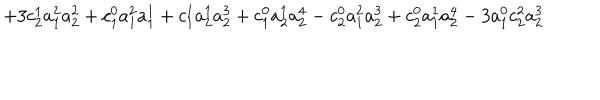
+ 3 c _ { 2 } ^ { 1 } a _ { 1 } ^ { 2 } a _ { 2 } ^ { 2 } + c _ { 1 } ^ { 0 } a _ { 1 } ^ { 2 } a _ { 1 } ^ { 1 } + c _ { 1 } ^ { 1 } a _ { 2 } ^ { 1 } a _ { 2 } ^ { 3 } + c _ { 1 } ^ { 0 } a _ { 2 } ^ { 1 } a _ { 2 } ^ { 4 } - c _ { 2 } ^ { 0 } a _ { 1 } ^ { 2 } a _ { 2 } ^ { 3 } + c _ { 2 } ^ { 0 } a _ { 1 } ^ { 1 } a _ { 2 } ^ { 4 } - 3 a _ { 1 } ^ { 0 } c _ { 2 } ^ { 2 } a _ { 2 } ^ { 3 }